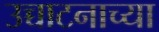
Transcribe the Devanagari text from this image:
उच्चाटनाच्या